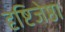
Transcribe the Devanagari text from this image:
दृष्टिजेष्ठा